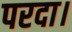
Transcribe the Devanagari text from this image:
परदा।